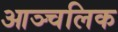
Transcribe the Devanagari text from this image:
आञ्चलिक